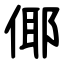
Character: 倻